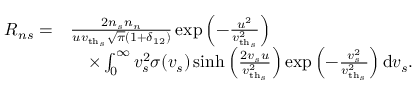
\begin{array} { r l } { R _ { n s } = } & { \frac { 2 n _ { s } n _ { n } } { u \ensuremath { v _ { \mathrm { t h } _ { s } } } \sqrt { \pi } ( 1 + \delta _ { 1 2 } ) } \exp \left( - \frac { u ^ { 2 } } { \ensuremath { v _ { \mathrm { t h } _ { s } } } ^ { 2 } } \right) } \\ & { \quad \times \int _ { 0 } ^ { \infty } v _ { s } ^ { 2 } \sigma ( v _ { s } ) \sinh \left( \frac { 2 v _ { s } u } { \ensuremath { v _ { \mathrm { t h } _ { s } } } ^ { 2 } } \right) \exp \left( - \frac { v _ { s } ^ { 2 } } { \ensuremath { v _ { \mathrm { t h } _ { s } } } ^ { 2 } } \right) \mathrm { d } v _ { s } . } \end{array}